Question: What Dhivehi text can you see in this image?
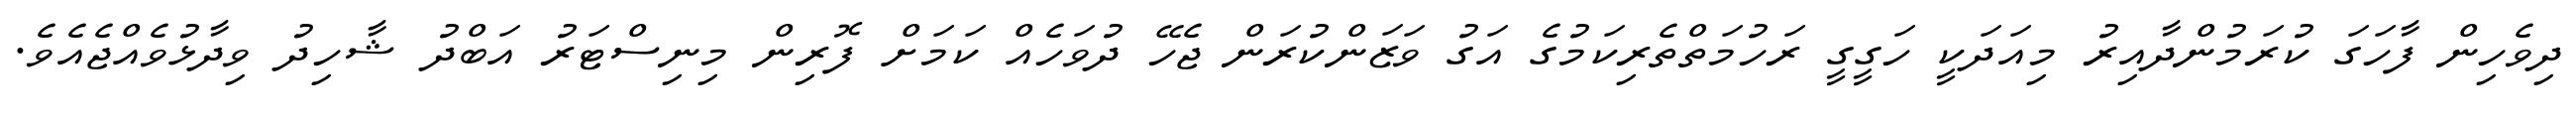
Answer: ދިވެހިން ފާހަގަ ކުރަމުންދާއިރު މިއަދަކީ ހަގީގީ ރަހުމަތްތެރިކަމުގެ އަގު ވަޒަންކުރަން ޖެހޭ ދުވަހެއް ކަމަށް ފޮރިން މިނިސްޓަރު އަބްދު ޝާހިދު ވިދާޅުވެއްޖެއެވެ.